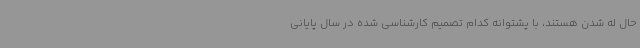
حال له شدن هستند، با پشتوانه کدام تصمیم کارشناسی شده در سال پایانی